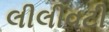
લીલીવટી